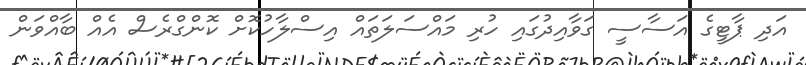
އަދި ޕާޓީގެ އަސާސީ ގަވާއިދުގައި ހުރި މައްސަލަތައް އިސްލާހުކޮށް ކޮންގްރެސް އެއް ބާއްވަން